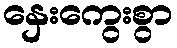
နှေးကွေးစွာ